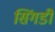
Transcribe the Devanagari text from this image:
सिंगडी